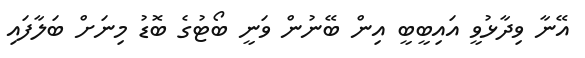
އޭނާ ވިދާޅުވީ އައިބީބީ އިން ބޭނުން ވަނީ ބޯޓުގެ ބޮޑު މިނަށް ބަލާފައި